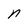
Character: n